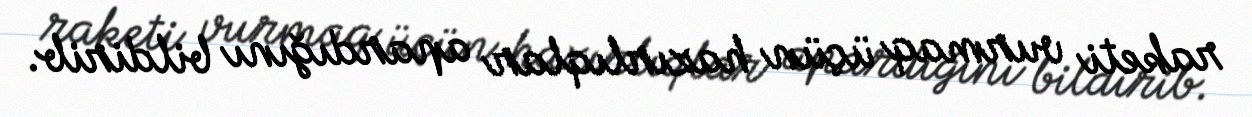
raketi vurmaq üçün hazırlıqlar apardığını bildirib.